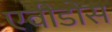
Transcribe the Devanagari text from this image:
एवीडोस